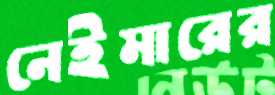
নেইমারের